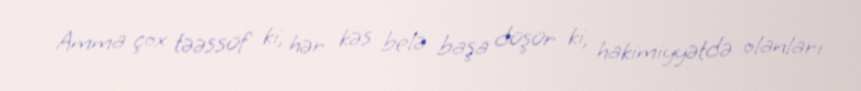
Amma çox təəssüf ki, hər kəs belə başa düşür ki, hakimiyyətdə olanları